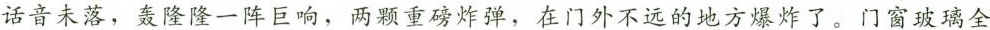
话音未落，轰隆隆一阵巨响，两颗重磅炸弹，在门外不远的地方爆炸了。门窗玻璃全